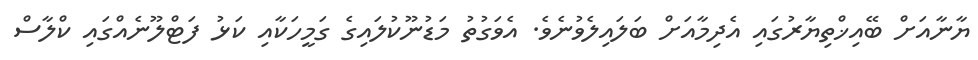
ޔާނާއަށް ބޭއިޚްތިޔާރުގައި އެދިމާއަށް ބަލައިލެވުނެވެ. އެވަގުތު މަޑުނޫކުލައިގެ ގަމީހަކާއި ކަޅު ފަޓްލޫނެއްގައި ކްލާސް